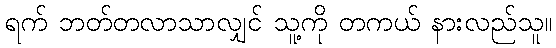
ရက် ဘတ်တလာသာလျှင် သူ့ကို တကယ် နားလည်သူ။